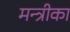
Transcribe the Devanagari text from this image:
मन्त्रीका